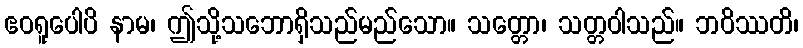
ဧဝရူပေါပိ နာမ၊ ဤသို့သဘောရှိသည်မည်သော။ သတ္တော၊ သတ္တဝါသည်။ ဘဝိဿတိ၊